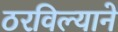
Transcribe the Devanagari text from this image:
ठरविल्याने